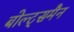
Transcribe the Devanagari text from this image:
बोल्ट्समैन